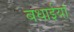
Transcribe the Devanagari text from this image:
बधाईयां